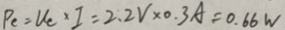
P _ { c } = U _ { c } \times I = 2 . 2 V \times 0 . 3 A = 0 . 6 6 W